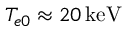
T _ { e 0 } \approx 2 0 \, \mathrm { k e V }